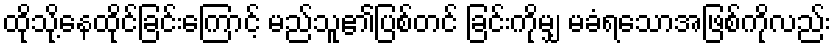
ထိုသို့နေထိုင်ခြင်းကြောင့် မည်သူ၏ပြစ်တင် ခြင်းကိုမျှ မခံရသောအဖြစ်ကိုလည်း